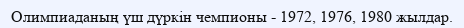
Олимпиаданың үш дүркін чемпионы - 1972, 1976, 1980 жылдар.